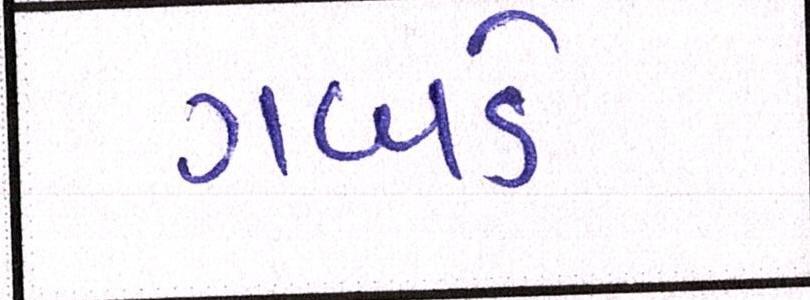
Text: ગબડે